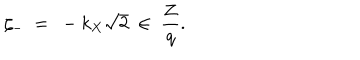
LaTeX: \zeta _ { - } \ = \ - k _ { X } \sqrt { 2 } \ \in \ \frac { { \bf Z } } { q } .